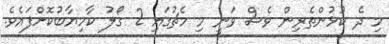
މި ދެ ކުޅުންތެރިން ވެސް ވަނީ މި މެޗުގައި 2 ގޯލު ކާމިޔާބުކޮށްފައެވެ.